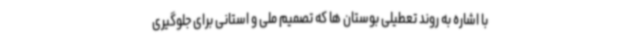
با اشاره به روند تعطیلی بوستان ها که تصمیم ملی و استانی برای جلوگیری